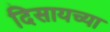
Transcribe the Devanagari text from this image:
दिसायच्या